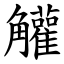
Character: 䚭